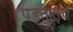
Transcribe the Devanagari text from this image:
पडतातच